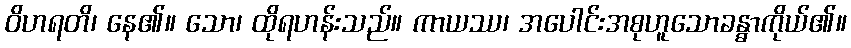
ဝိဟရတိ၊ နေ၏။ သော၊ ထိုရဟန်းသည်။ ကာယဿ၊ အပေါင်းအစုဟူသောခန္ဓာကိုယ်၏။